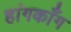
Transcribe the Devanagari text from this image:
हांगकाँग